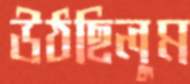
উঠছিলুম